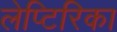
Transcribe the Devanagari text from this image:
लेप्टिरिका